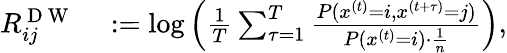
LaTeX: \begin{array}{rl}{R_{ij}^{\mathrm{~D~W~}}}&{{}:=\log\left(\frac{1}{T}\sum_{\tau=1}^{T}\frac{P(x^{(t)}=i,x^{(t+\tau)}=j)}{P(x^{(t)}=i)\cdot\frac{1}{n}}\right),}\end{array}